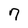
Character: 7